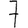
Digit: 7